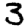
Digit: 3